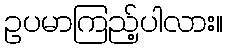
ဥပမာကြည့်ပါလား။